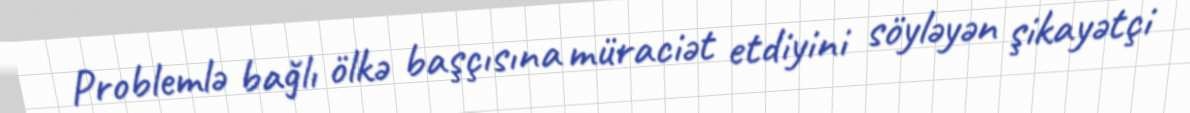
Problemlə bağlı ölkə başçısına müraciət etdiyini söyləyən şikayətçi